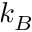
k _ { B }